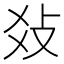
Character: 𤕝